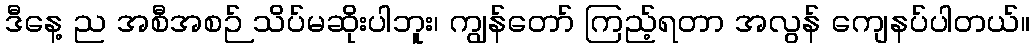
ဒီနေ့ ည အစီအစဉ် သိပ်မဆိုးပါဘူး၊ ကျွန်တော် ကြည့်ရတာ အလွန် ကျေနပ်ပါတယ်။